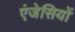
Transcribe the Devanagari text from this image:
एंजेसियों